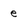
Character: e